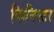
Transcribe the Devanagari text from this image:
फिनिस्टर